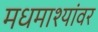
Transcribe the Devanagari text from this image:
मधमाश्यांवर